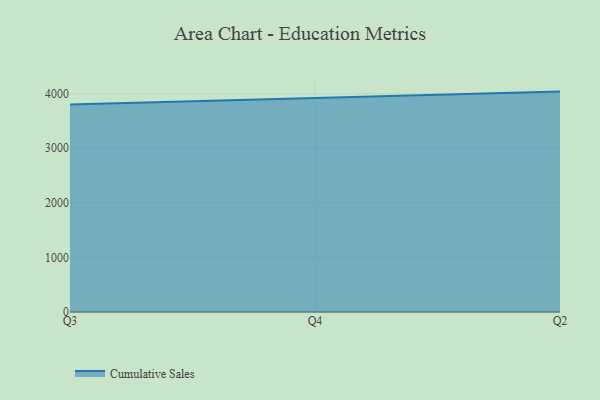
{"axis": {"x": "Quarter", "y": "Page Views"}, "legend": ["Cumulative Sales"], "data": [{"x": "Q3", "y": 3802.0, "type": "Cumulative Sales"}, {"x": "Q4", "y": 3914.1, "type": "Cumulative Sales"}, {"x": "Q2", "y": 4037.6, "type": "Cumulative Sales"}]}